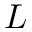
L